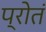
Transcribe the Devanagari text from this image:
प्रोतं